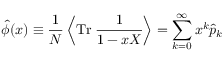
\widehat { \phi } ( x ) \equiv { \frac { 1 } { N } } \left\langle \mathrm { T r } \; { \frac { 1 } { 1 - x X } } \right\rangle = \sum _ { k = 0 } ^ { \infty } x ^ { k } \widehat { p } _ { k }